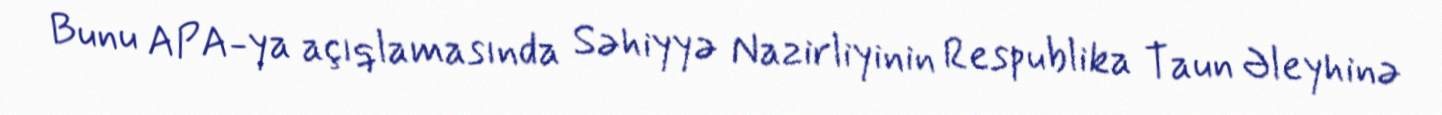
Bunu APA-ya açıqlamasında Səhiyyə Nazirliyinin Respublika Taun Əleyhinə